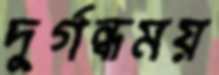
দুর্গন্ধময়